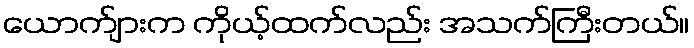
ယောက်ျားက ကိုယ့်ထက်လည်း အသက်ကြီးတယ်။